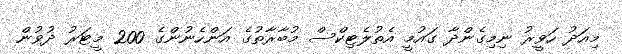
މިއަދު ހަވީރު ނިމިގެންދާ ގައުމީ އެތުލެޓިކްސް މުބާރާތުގެ އަންހެނުންގެ 200 މީޓަރު ދުވުން